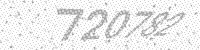
Solution: 720782